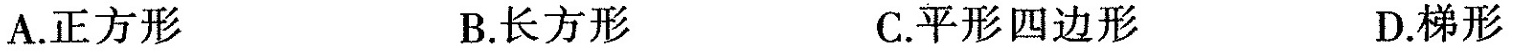
A. 正方形 B. 长方形 C. 平形四边形 D. 梯形